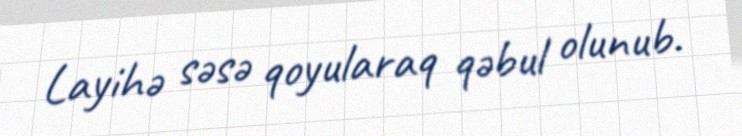
Layihə səsə qoyularaq qəbul olunub.